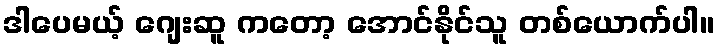
ဒါပေမယ့် ဂျေးဆူ ကတော့ အောင်နိုင်သူ တစ်ယောက်ပါ။